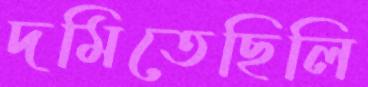
দমিতেছিলি